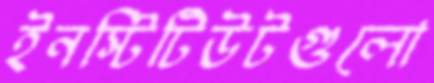
ইনস্টিটিউটগুলো